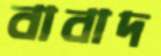
বাবাদ